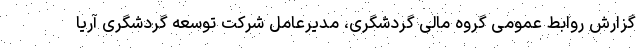
گزارش روابط عمومی گروه مالی گردشگری، مدیرعامل شرکت توسعه گردشگری آریا